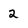
Character: 2